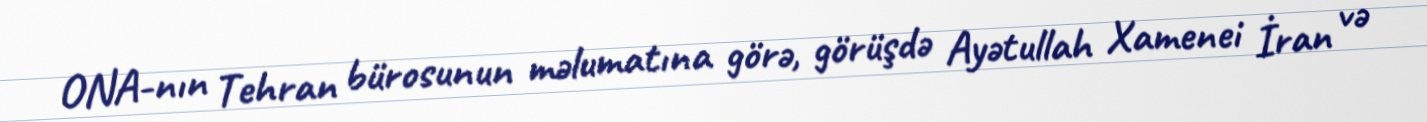
ONA-nın Tehran bürosunun məlumatına görə, görüşdə Ayətullah Xamenei İran və